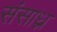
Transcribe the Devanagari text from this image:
संसाध्न